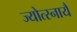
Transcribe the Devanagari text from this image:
ज्योत्स्नायै